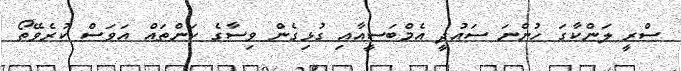
ސްރީ ލަންކާގަ ހުންނަ ސައުދީ އެމްބަސީއާއި ގުޅިގެން ވިސާގެ ކަންތައް އަވަސް ކުރެވޭތޯ